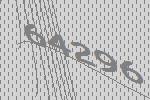
64296